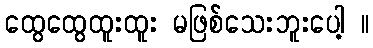
ထွေထွေထူးထူး မဖြစ်သေးဘူးပေါ့ ။